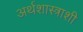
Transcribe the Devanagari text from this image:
अर्थशास्त्राशी